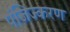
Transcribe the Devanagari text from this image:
पंजिज्करण